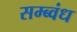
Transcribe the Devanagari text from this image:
सम्ब्वंध